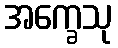
အက္ခေသု